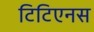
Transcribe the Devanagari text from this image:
टिटिएनस